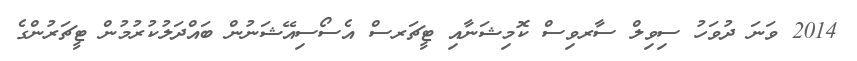
2014 ވަނަ ދުވަހު ސިވިލް ސާރވިސް ކޮމިޝަނާއި ޓީޗަރސް އެސޯސިއޭޝަނުން ބައްދަލުކުރުމުން ޓީޗަރުންގެ